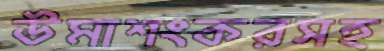
উমাশংকরসহ